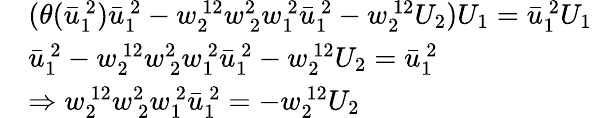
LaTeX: \begin{array}{rl}&{(\theta(\bar{u}_{1\ }^{\ 2})\bar{u}_{1\ }^{\ 2}-w_{2\ }^{\ 12}w_{\ 2}^{2\ }w_{1\ }^{\ 2}\bar{u}_{1\ }^{\ 2}-w_{2\ }^{\ 12}U_{2})U_{1}=\bar{u}_{1\ }^{\ 2}U_{1}}\\ &{\bar{u}_{1\ }^{\ 2}-w_{2\ }^{\ 12}w_{\ 2}^{2\ }w_{1\ }^{\ 2}\bar{u}_{1\ }^{\ 2}-w_{2\ }^{\ 12}U_{2}=\bar{u}_{1\ }^{\ 2}}\\ &{\Rightarrow w_{2\ }^{\ 12}w_{\ 2}^{2\ }w_{1\ }^{\ 2}\bar{u}_{1\ }^{\ 2}=-w_{2\ }^{\ 12}U_{2}}\end{array}